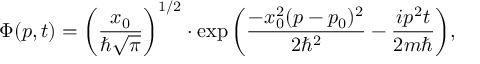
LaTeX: \Phi ( p , t ) = \left( { \frac { x _ { 0 } } { \hbar { \sqrt { \pi } } } } \right) ^ { 1 / 2 } \cdot \exp { \left( { \frac { - x _ { 0 } ^ { 2 } ( p - p _ { 0 } ) ^ { 2 } } { 2 \hbar ^ { 2 } } } - { \frac { i p ^ { 2 } t } { 2 m \hbar } } \right) } ,